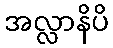
အလ္လာနိပိ